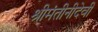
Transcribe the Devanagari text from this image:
श्रीमंतीनीदेवी